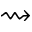
\rightsquigarrow